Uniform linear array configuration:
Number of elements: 32
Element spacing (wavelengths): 0.25
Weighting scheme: hamming
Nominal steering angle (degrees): -60
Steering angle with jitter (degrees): -60.998
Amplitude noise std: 0.05
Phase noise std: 0.05

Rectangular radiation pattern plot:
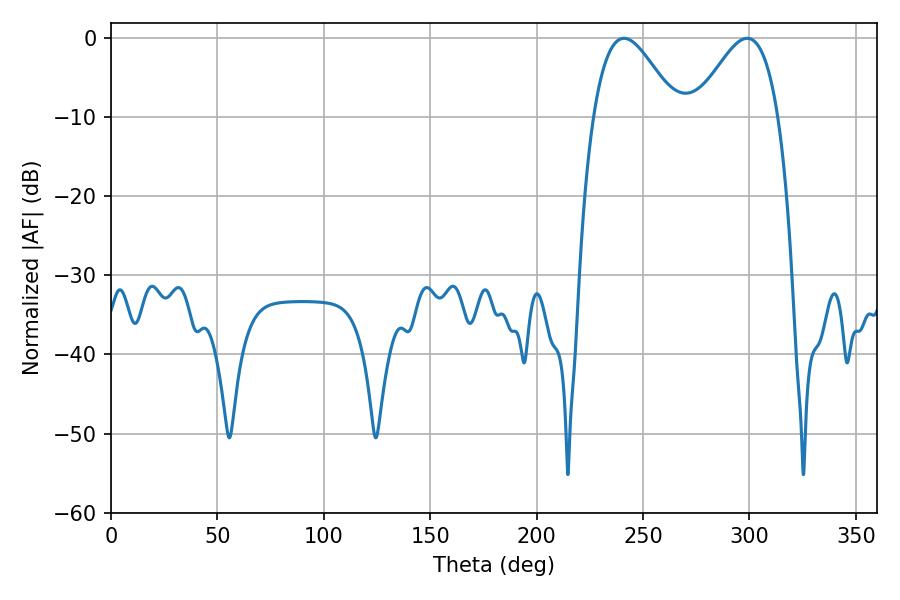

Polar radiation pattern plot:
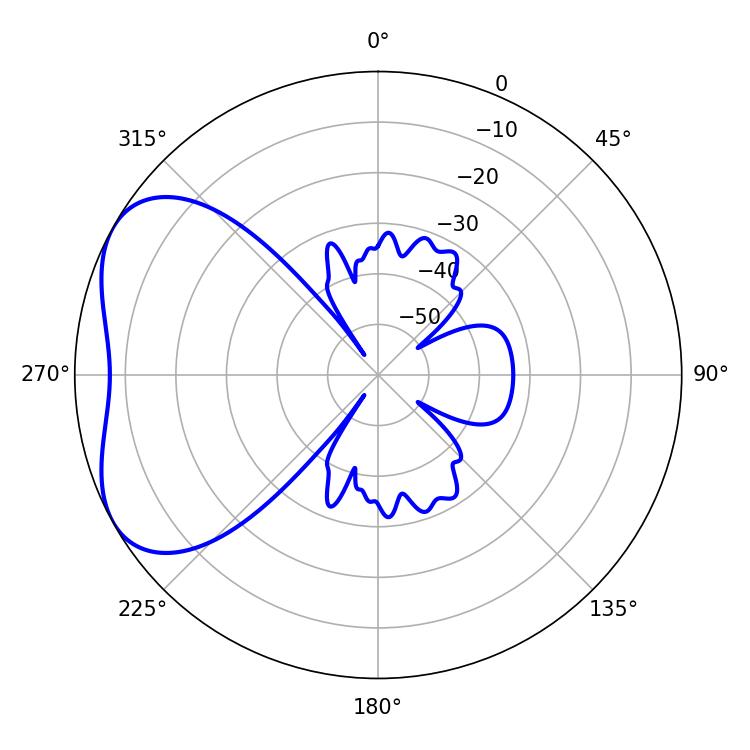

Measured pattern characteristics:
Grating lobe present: FALSE
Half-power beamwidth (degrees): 21.06
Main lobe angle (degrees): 241.02